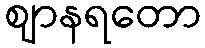
ဈာနရတော